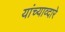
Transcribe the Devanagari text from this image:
यांच्याव्दारे